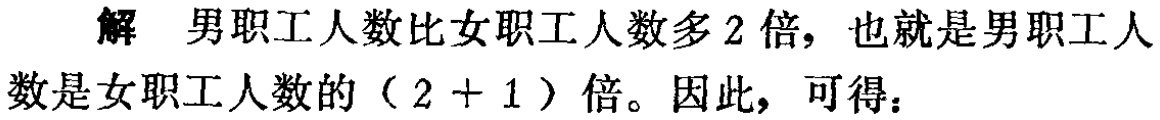
解 男职工人数比女职工人数多2倍，也就是男职工人数是女职工人数的（2 + 1）倍。因此，可得：